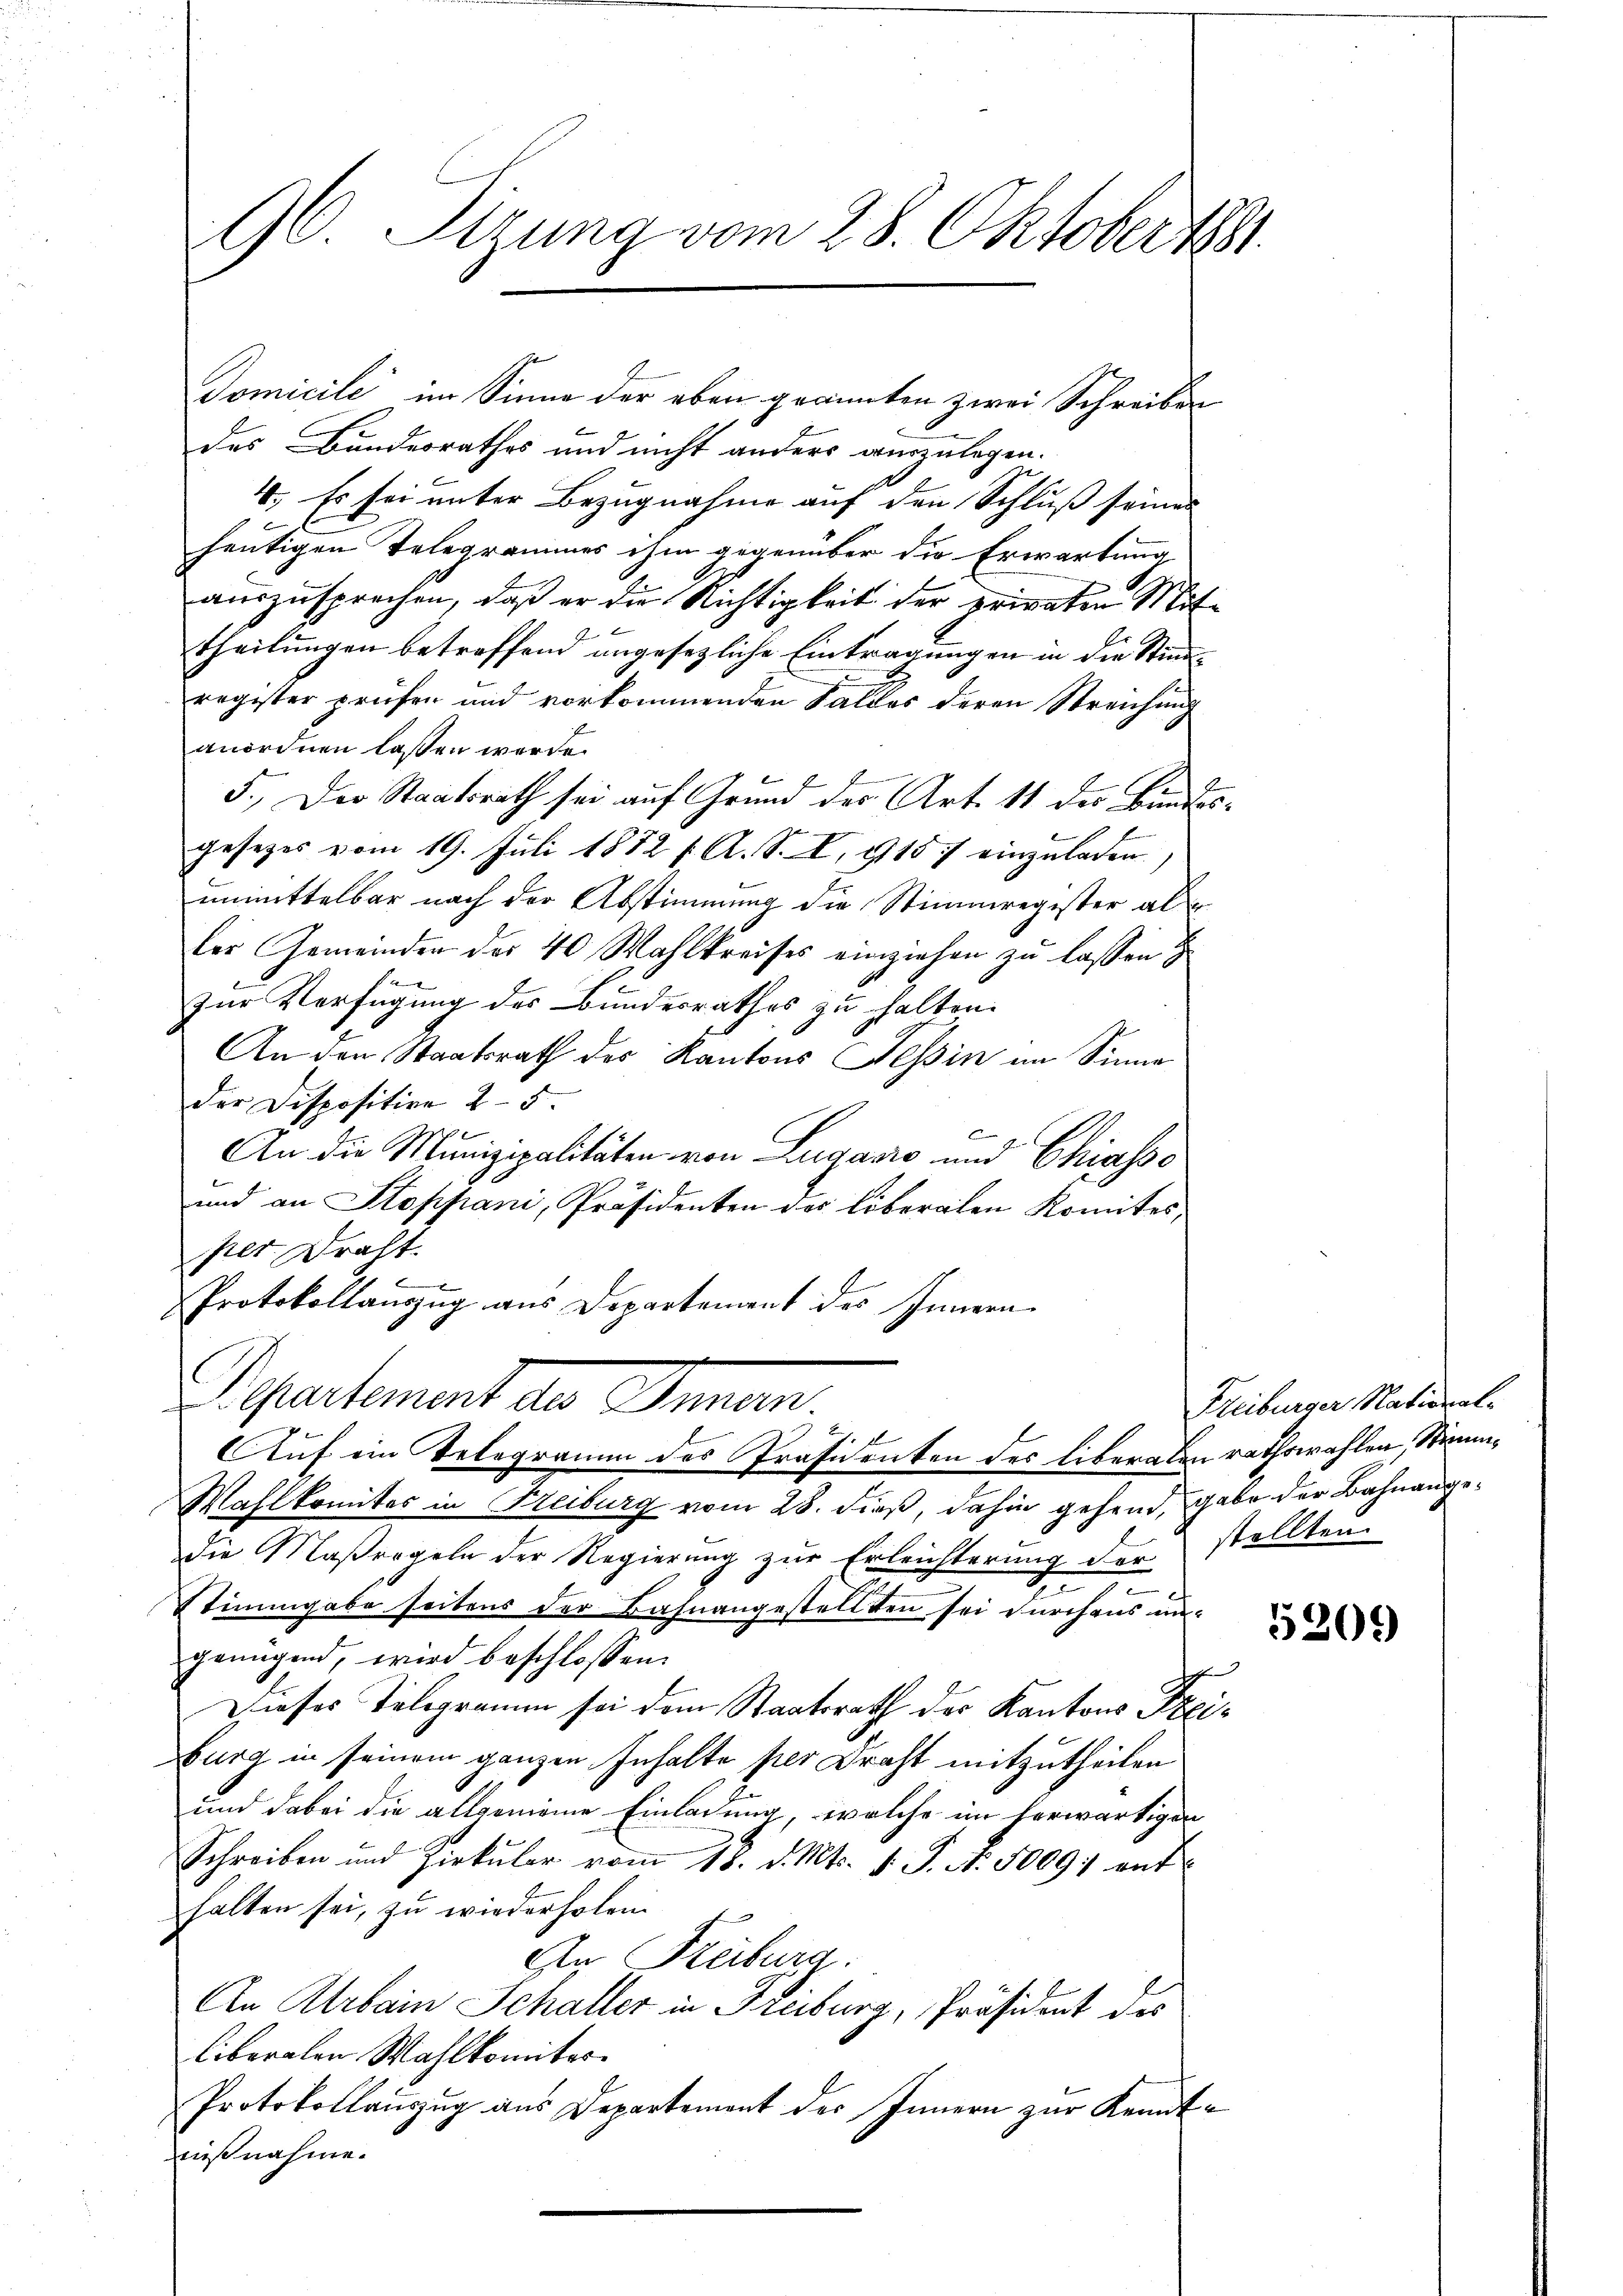
96. Sirung vom 28. Oktober 1881.

Domicile im Sinne der eben geannten zwei Schreiben
des Bundesrathes und nicht anders auszulegen.
4. Es sei unter Bezugnahme auf den Schluß seines
heutigen Telegrammes ihm gegenüber die Erwartung
auszusprechen, daß er die Nichtigkeit der erinten Mittheilungen betreffend angesezliche Eintragungen in die Stimm
register prüfen und vorkommenden Falles deren Streichung
anordnen lassen werde.
5.) Der Staatsrath sei auf Grund der Art. 11 des Bindsgesezes vom 19. Juli 1872 f. A. S. I. 915 einzŭladen.)
unmittelbar nach der Abstimmung die Stimmregister al
ler Gemeinder der 40 Wahlkreises einziehen zu lassen
Zur Verfügung des Bundesrathes zu halten.
An den Staatsrath des Kantons Tessin im Sinne
der Dispositive 2-5.
An die Munizipalitäten von Luganić und Chiasso
und an Stoppani, Präsidenten des liberaten Komites,
per Draht.
6
Protokollanzug aus Departement des Innern
Separtement des Innen.
Auf ein Telegramm des Präsidenten des liberalen rathswahlen, Stimm¬
Wahlkomites in Freiburg vom 28. dieß, dahin gehend, gabe der Bahnangedie Maßregeln der Regierung zur Erleichterung der stellten.
Stimmgabe seitens der Bahnangestellten sei durchaus ungenügend, wird beschlossen:
ch
Dieses Telegramm sei dem Staatsrath des Kantons Steiburg in seinem ganzen Inhalte per Draht mitzutheilen
und dabei die allgemeine Einladung, welche im herwärtigen
Schreiben und Zirkŭlar vom 18. d. Mts. v. J. N. 5009; ent
halten sei, zu wiederholen.
An Reiburg.
An Urbain Schaller in Freiburg, Präsident des
liberalen Wahlkomiter
Protokollauszug aus Departement des Innern zur Kenntmißnahme.

u

Freiburger National¬

5209